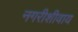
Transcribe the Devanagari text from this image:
नगरीशीवाय